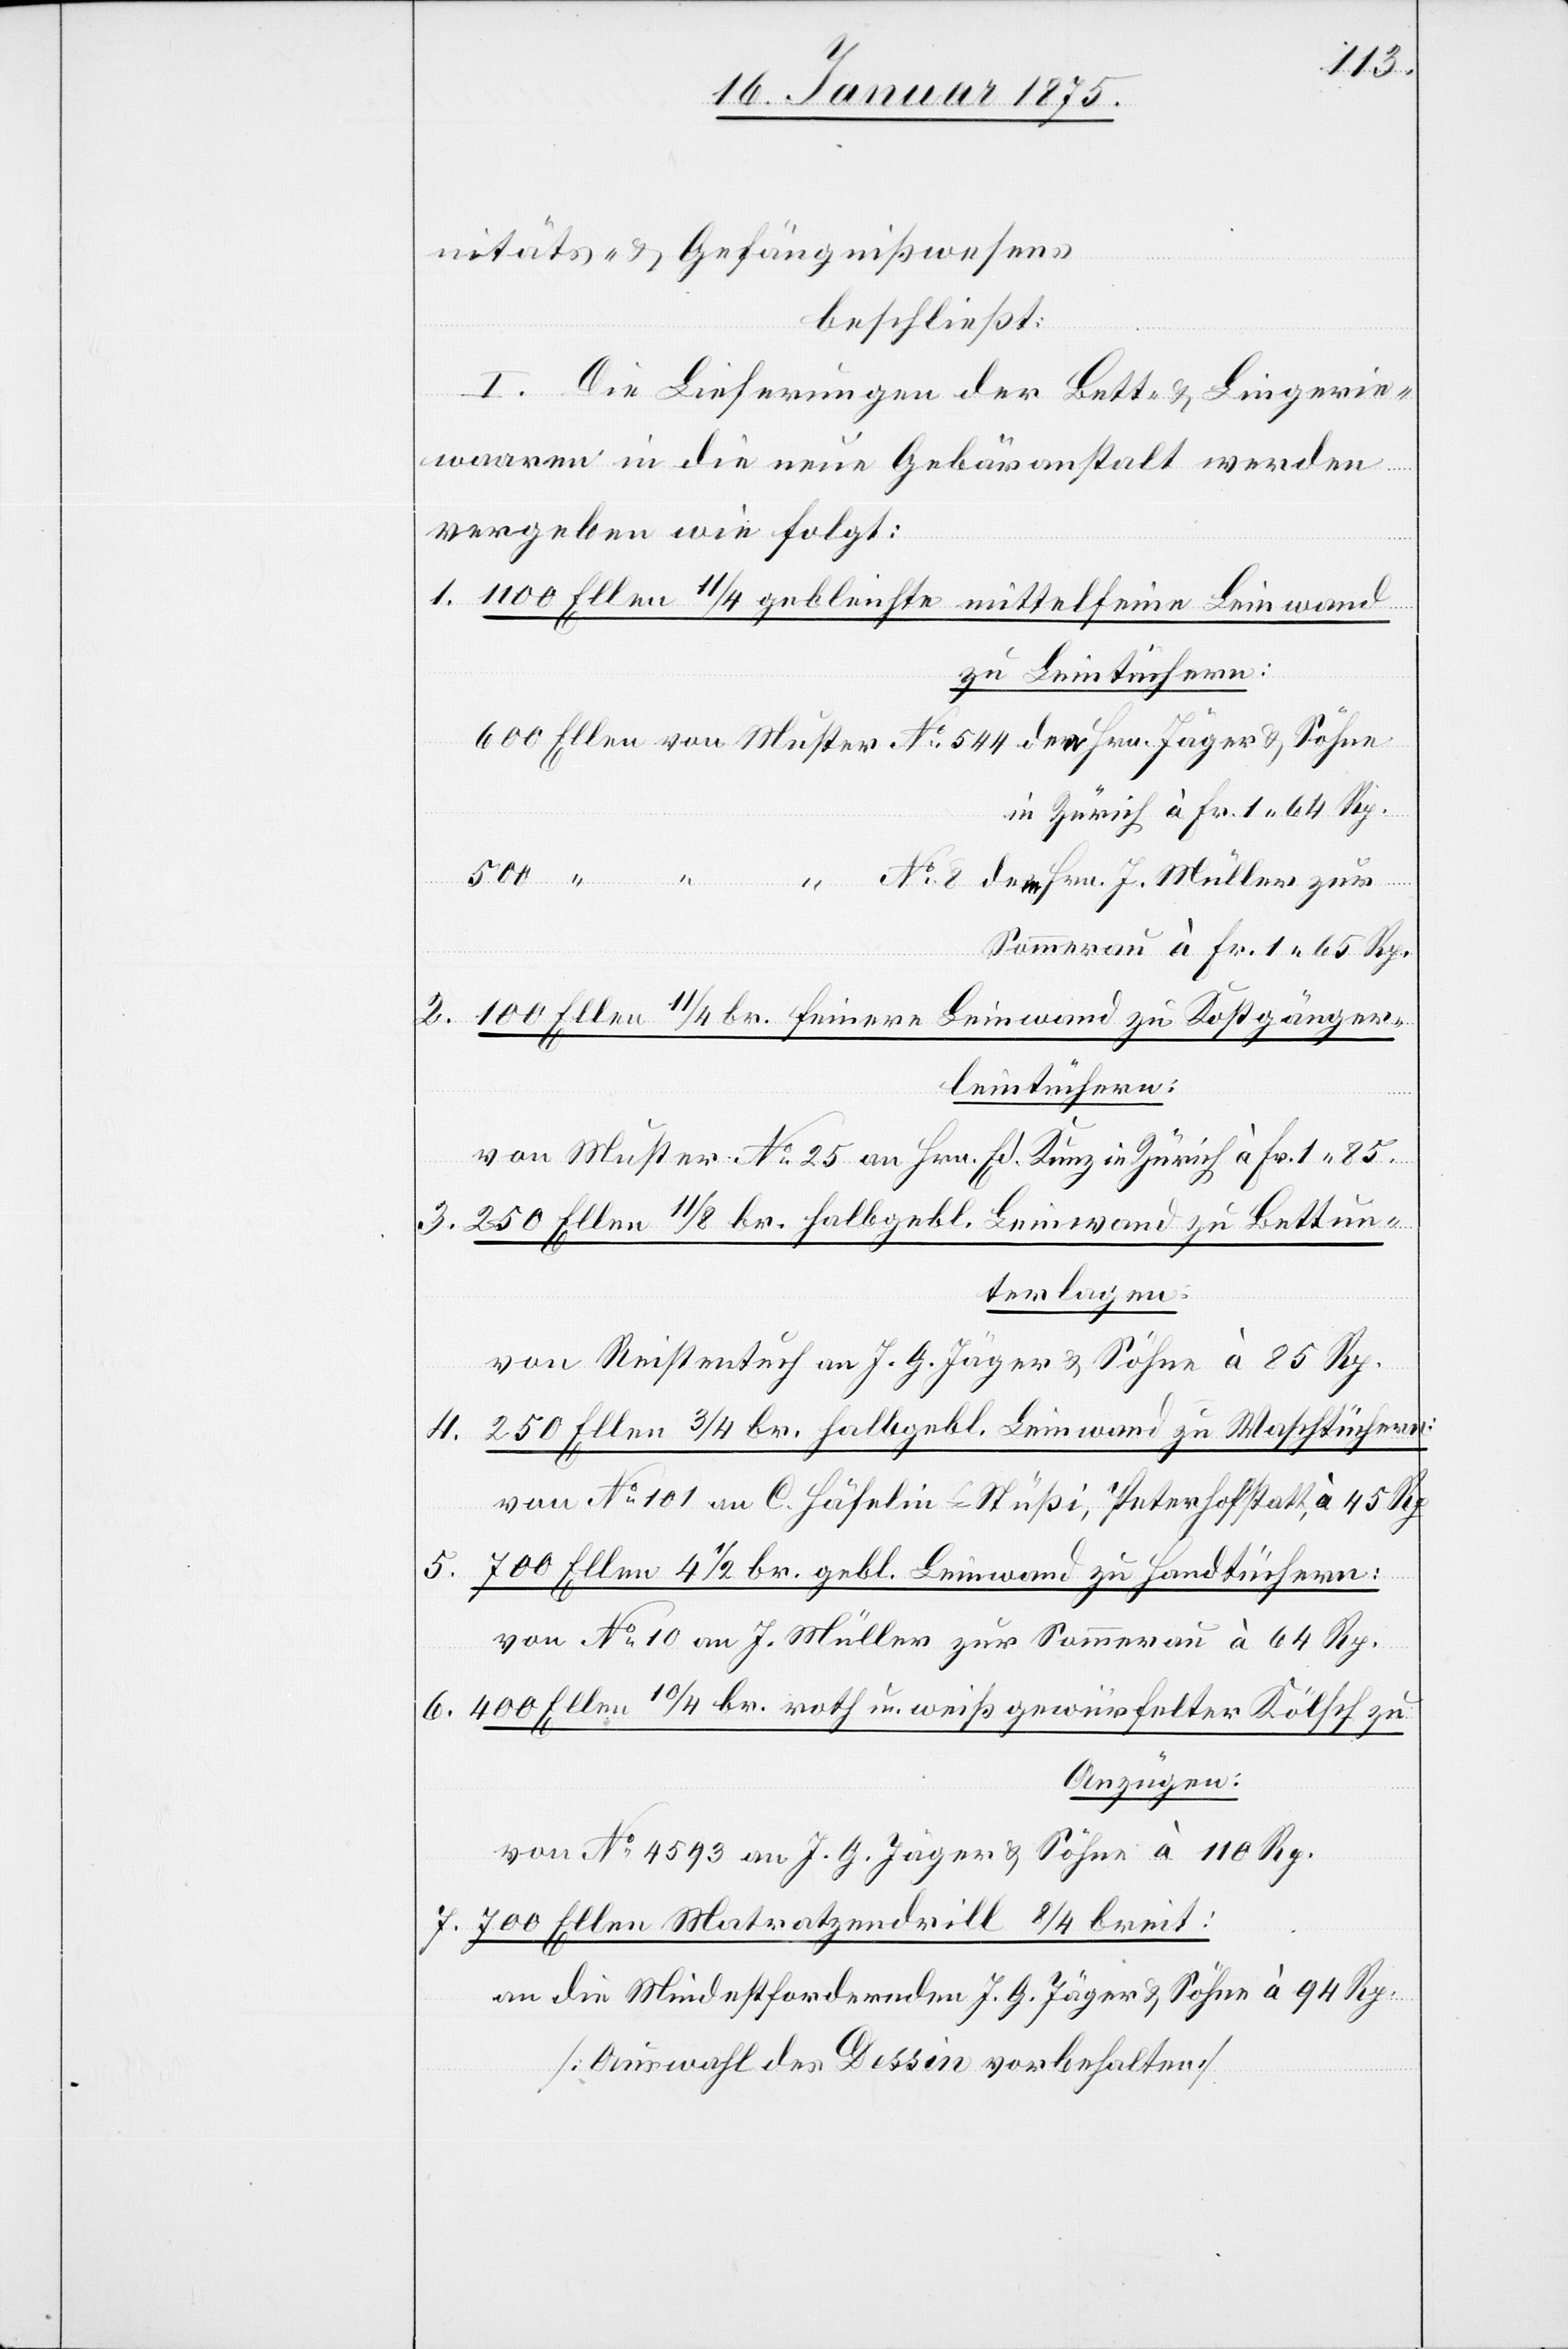
nitäts- & Gefängnißwesen
beschließt:
I. Die Lieferungen der Bett- & Lingerie¬
waaren in die neue Gebäranstalt werden
vergeben wie folgt:
1. 1100 Ellen 11/4 gebleichte mittelfeine Leinwand
zu Leintüchern:
600 Ellen von Muster No 544 dem Hrn. Jäger & Söhne
in Zürich à Fr. 1. 64 Rp.
500 “
“ No 8 dem Hrn. J. Müller zur
Sommerau à Fr. 1. 65 Rp.
2. 100 Ellen 11/4 br. feinere Leinwand zu Kostgänger¬
leintüchern:
von Muster No 25 an Hrn. Ed. Kunz in Zürich à Fr. 1. 85.
3. 250 Ellen 11/8 br. halbgebl. Leinwand zu Bettun¬
terlagen:
von Reistentuch an J. G. Jäger & Söhne à 85 Rp.
4. 250 Ellen 3/4 br. halbgebl. Leinwand zu Waschtüchern:
von No 101 an C. Häfelin & Stüßi, Peterhofstatt, à 45 Rp.
5. 700 Ellen 4 1/2 br. gebl. Leinwand zu Handtüchern:
von No 10 an J. Müller zur Sommerau à 64 Rp.
6. 400 Ellen 10/4 br. roth u. weiß gewürfelter Kölsch zu
Anzügen
von No 4593 an J. G. Jäger & Söhne à 110 Rp.
7. 700 Ellen Matratzendrill 8/4 breit:
an die Mindestfordernden J. G. Jäger & Söhne à 94 Rp.
(Auswahl des Dessin vorbehalten)